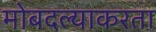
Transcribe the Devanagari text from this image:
मोबदल्याकरता